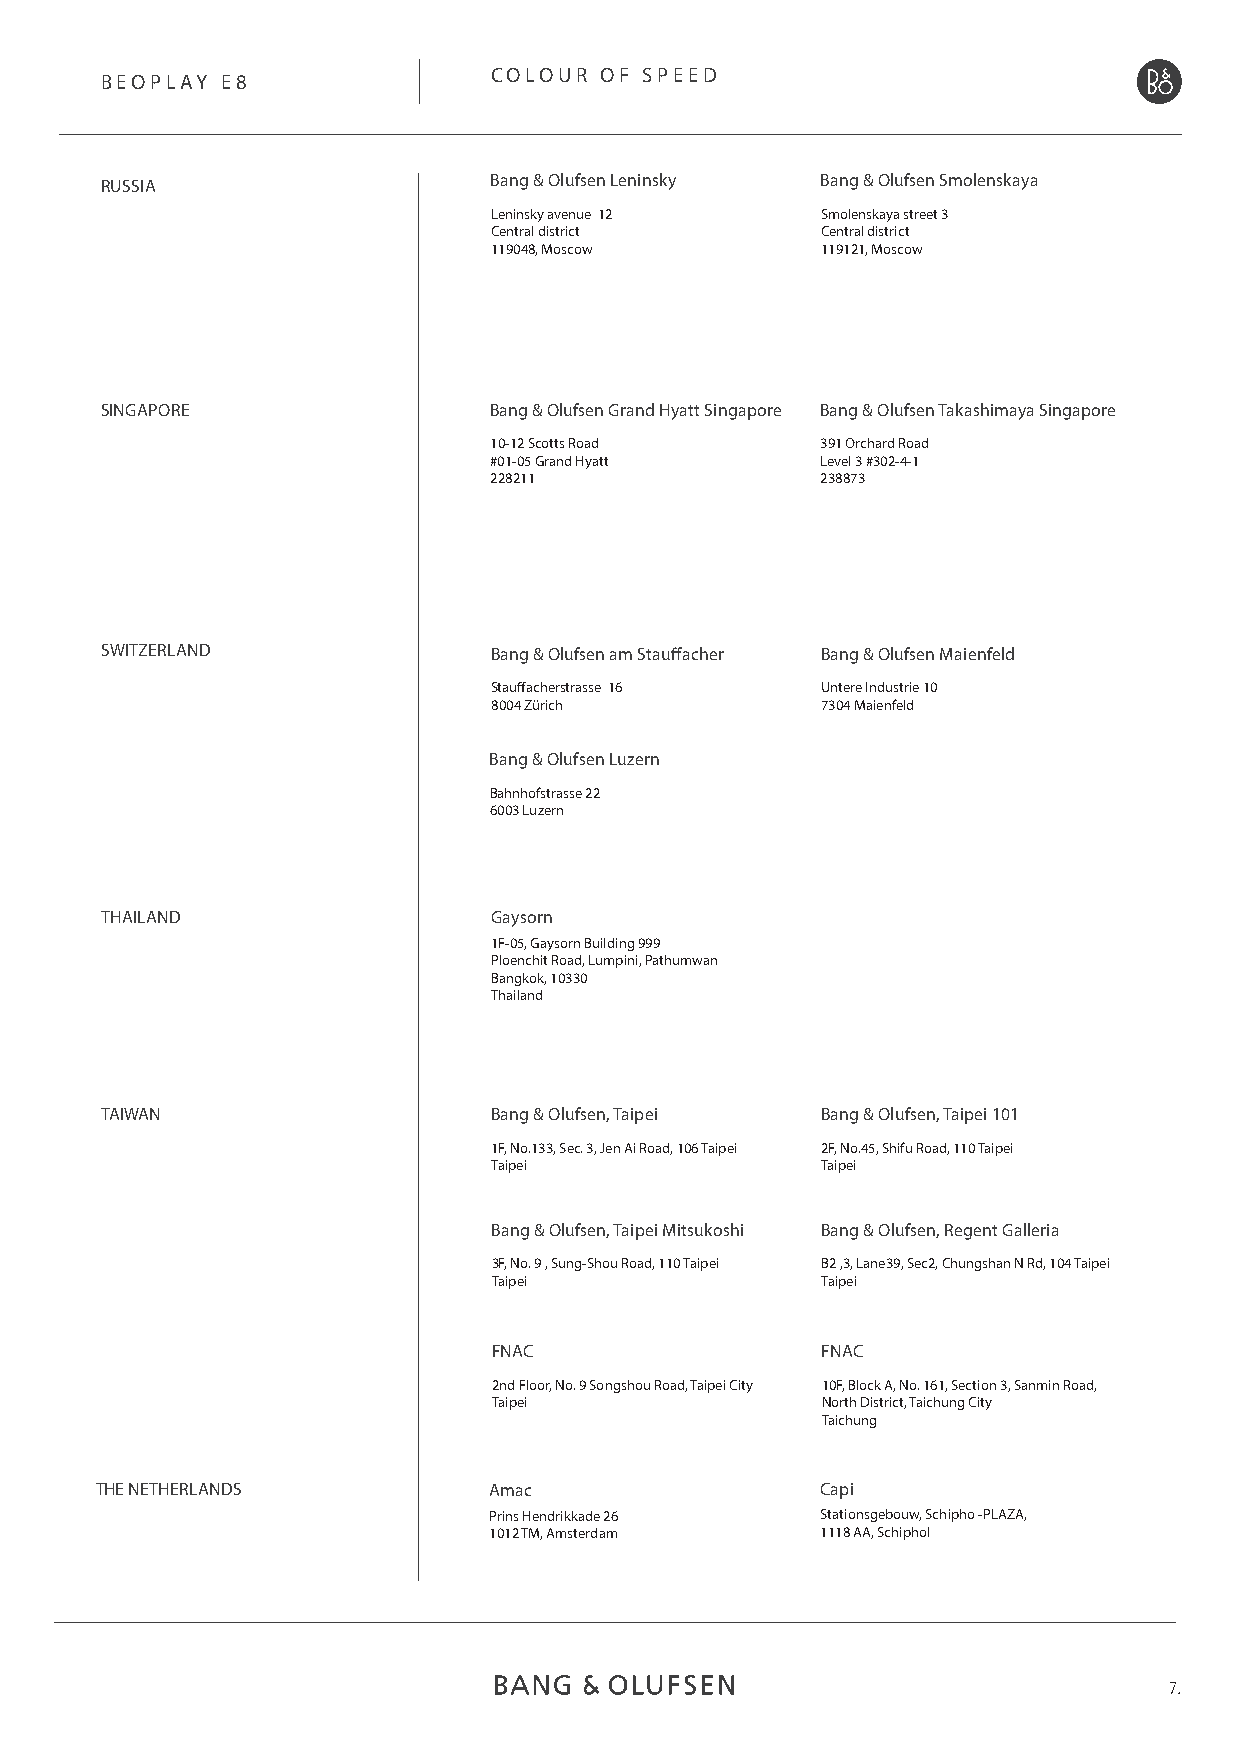
COLOUR  OF SPEED
 BEOPLAY E8
 RUSSIA                   Bang & Olufsen Leninsky Bang & Olufsen Smolenskaya
 Leninsky avenue 12    Smolenskaya street 3
 Central district      Central district
 119048, Moscow        119121, Moscow
 SINGAPORE                Bang & Olufsen Grand Hyatt Singapore Bang & Olufsen Takashimaya Singapore
 10-12 Scotts Road     391 Orchard Road
 #01-05 Grand Hyatt    Level 3 #302-4-1
 228211                238873
 SWITZERLAND              Bang & Olufsen am Stauffacher Bang & Olufsen Maienfeld
 Stauffacherstrasse 16 Untere Industrie 10
 8004 Zürich           7304 Maienfeld
 Bang & Olufsen Luzern
 Bahnhofstrasse 22
 6003 Luzern
 THAILAND                 Gaysorn
 1F-05, Gaysorn Building 999
 Ploenchit Road, Lumpini, Pathumwan
 Bangkok, 10330
 Thailand
 TAIWAN                   Bang & Olufsen, Taipei Bang & Olufsen, Taipei 101
 1F, No.133, Sec. 3, Jen Ai Road, 106 Taipei 2F, No.45, Shifu Road, 110 Taipei
 Taipei                Taipei
 Bang & Olufsen, Taipei Mitsukoshi Bang & Olufsen, Regent Galleria
 3F, No. 9 , Sung-Shou Road, 110 Taipei B2 ,3, Lane39, Sec2, Chungshan N Rd, 104 Taipei
 Taipei               Taipei
 FNAC                 FNAC
 2nd Floor, No. 9 Songshou Road, Taipei City 10F, Block A, No. 161, Section 3, Sanmin Road,
 Taipei               North District, Taichung City
 Taichung
 THE NETHERLANDS           Amac                  Capi
 Prins Hendrikkade 26  Stationsgebouw, Schipho -PLAZA,
 1012 TM, Amsterdam    1118 AA, Schiphol
 7.